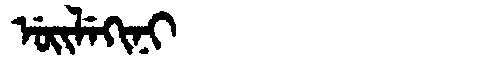
Manchu: ᡠᡳᠯᡝᡴᡳᠨᡳ
Romanization: UILEKINI